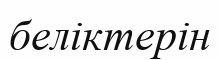
беліктерін